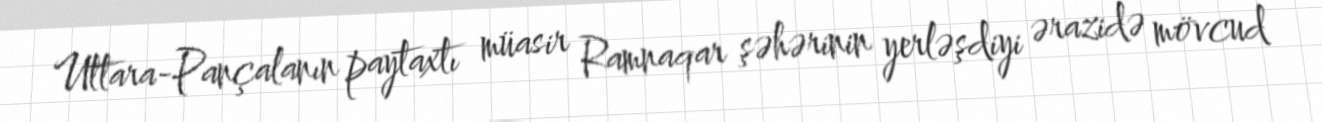
Uttara-Pançalanın paytaxtı müasir Ramnaqar şəhərinin yerləşdiyi ərazidə mövcud